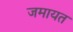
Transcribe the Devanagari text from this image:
जमायत